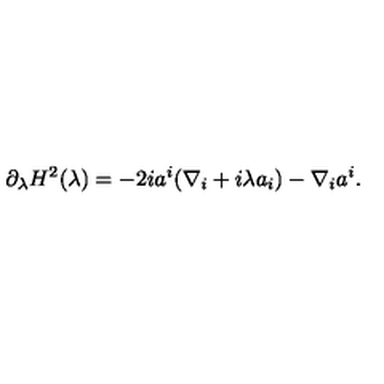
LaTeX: \partial _ { \lambda } H ^ { 2 } ( \lambda ) = - 2 i a ^ { i } ( \nabla _ { i } + i \lambda a _ { i } ) - \nabla _ { i } a ^ { i } .